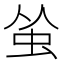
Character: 𬟺